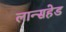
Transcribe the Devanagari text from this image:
लान्सहेड